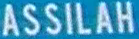
ASSILAH